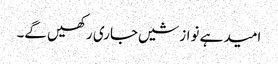
امید ہے نوازشیں جاری رکھیں گے۔